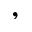
,